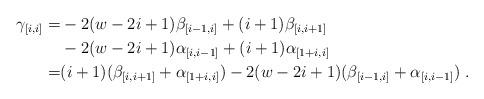
LaTeX: \begin{align*}\gamma_{[i,i]} =& -2 (w-2i+1) \beta_{[i-1,i]} + (i+1) \beta_{[i,i+1]} \\& -2(w-2i+1) \alpha_{[i,i-1]} + (i+1) \alpha_{[1+i,i]} \\=& (i+1)( \beta_{[i,i+1]} + \alpha_{[1+i,i]}) -2 (w-2i+1) ( \beta_{[i-1,i]} + \alpha_{[i,i-1]}) \;. \end{align*}